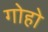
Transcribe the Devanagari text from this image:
गोहो